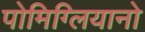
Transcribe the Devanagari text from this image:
पोमिग्लियानो